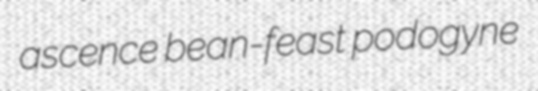
ascence bean-feast podogyne